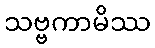
သဗ္ဗကာမိဿ